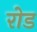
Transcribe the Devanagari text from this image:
रोड